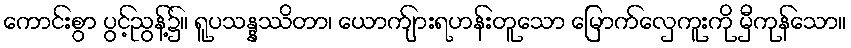
ကောင်းစွာ ပွင့်ညွန့်၌။ ရူပသန္နဿိတာ၊ ယောက်ျားရဟန်းတူသော မြောက်လှေကူးကို မှီကုန်သော။